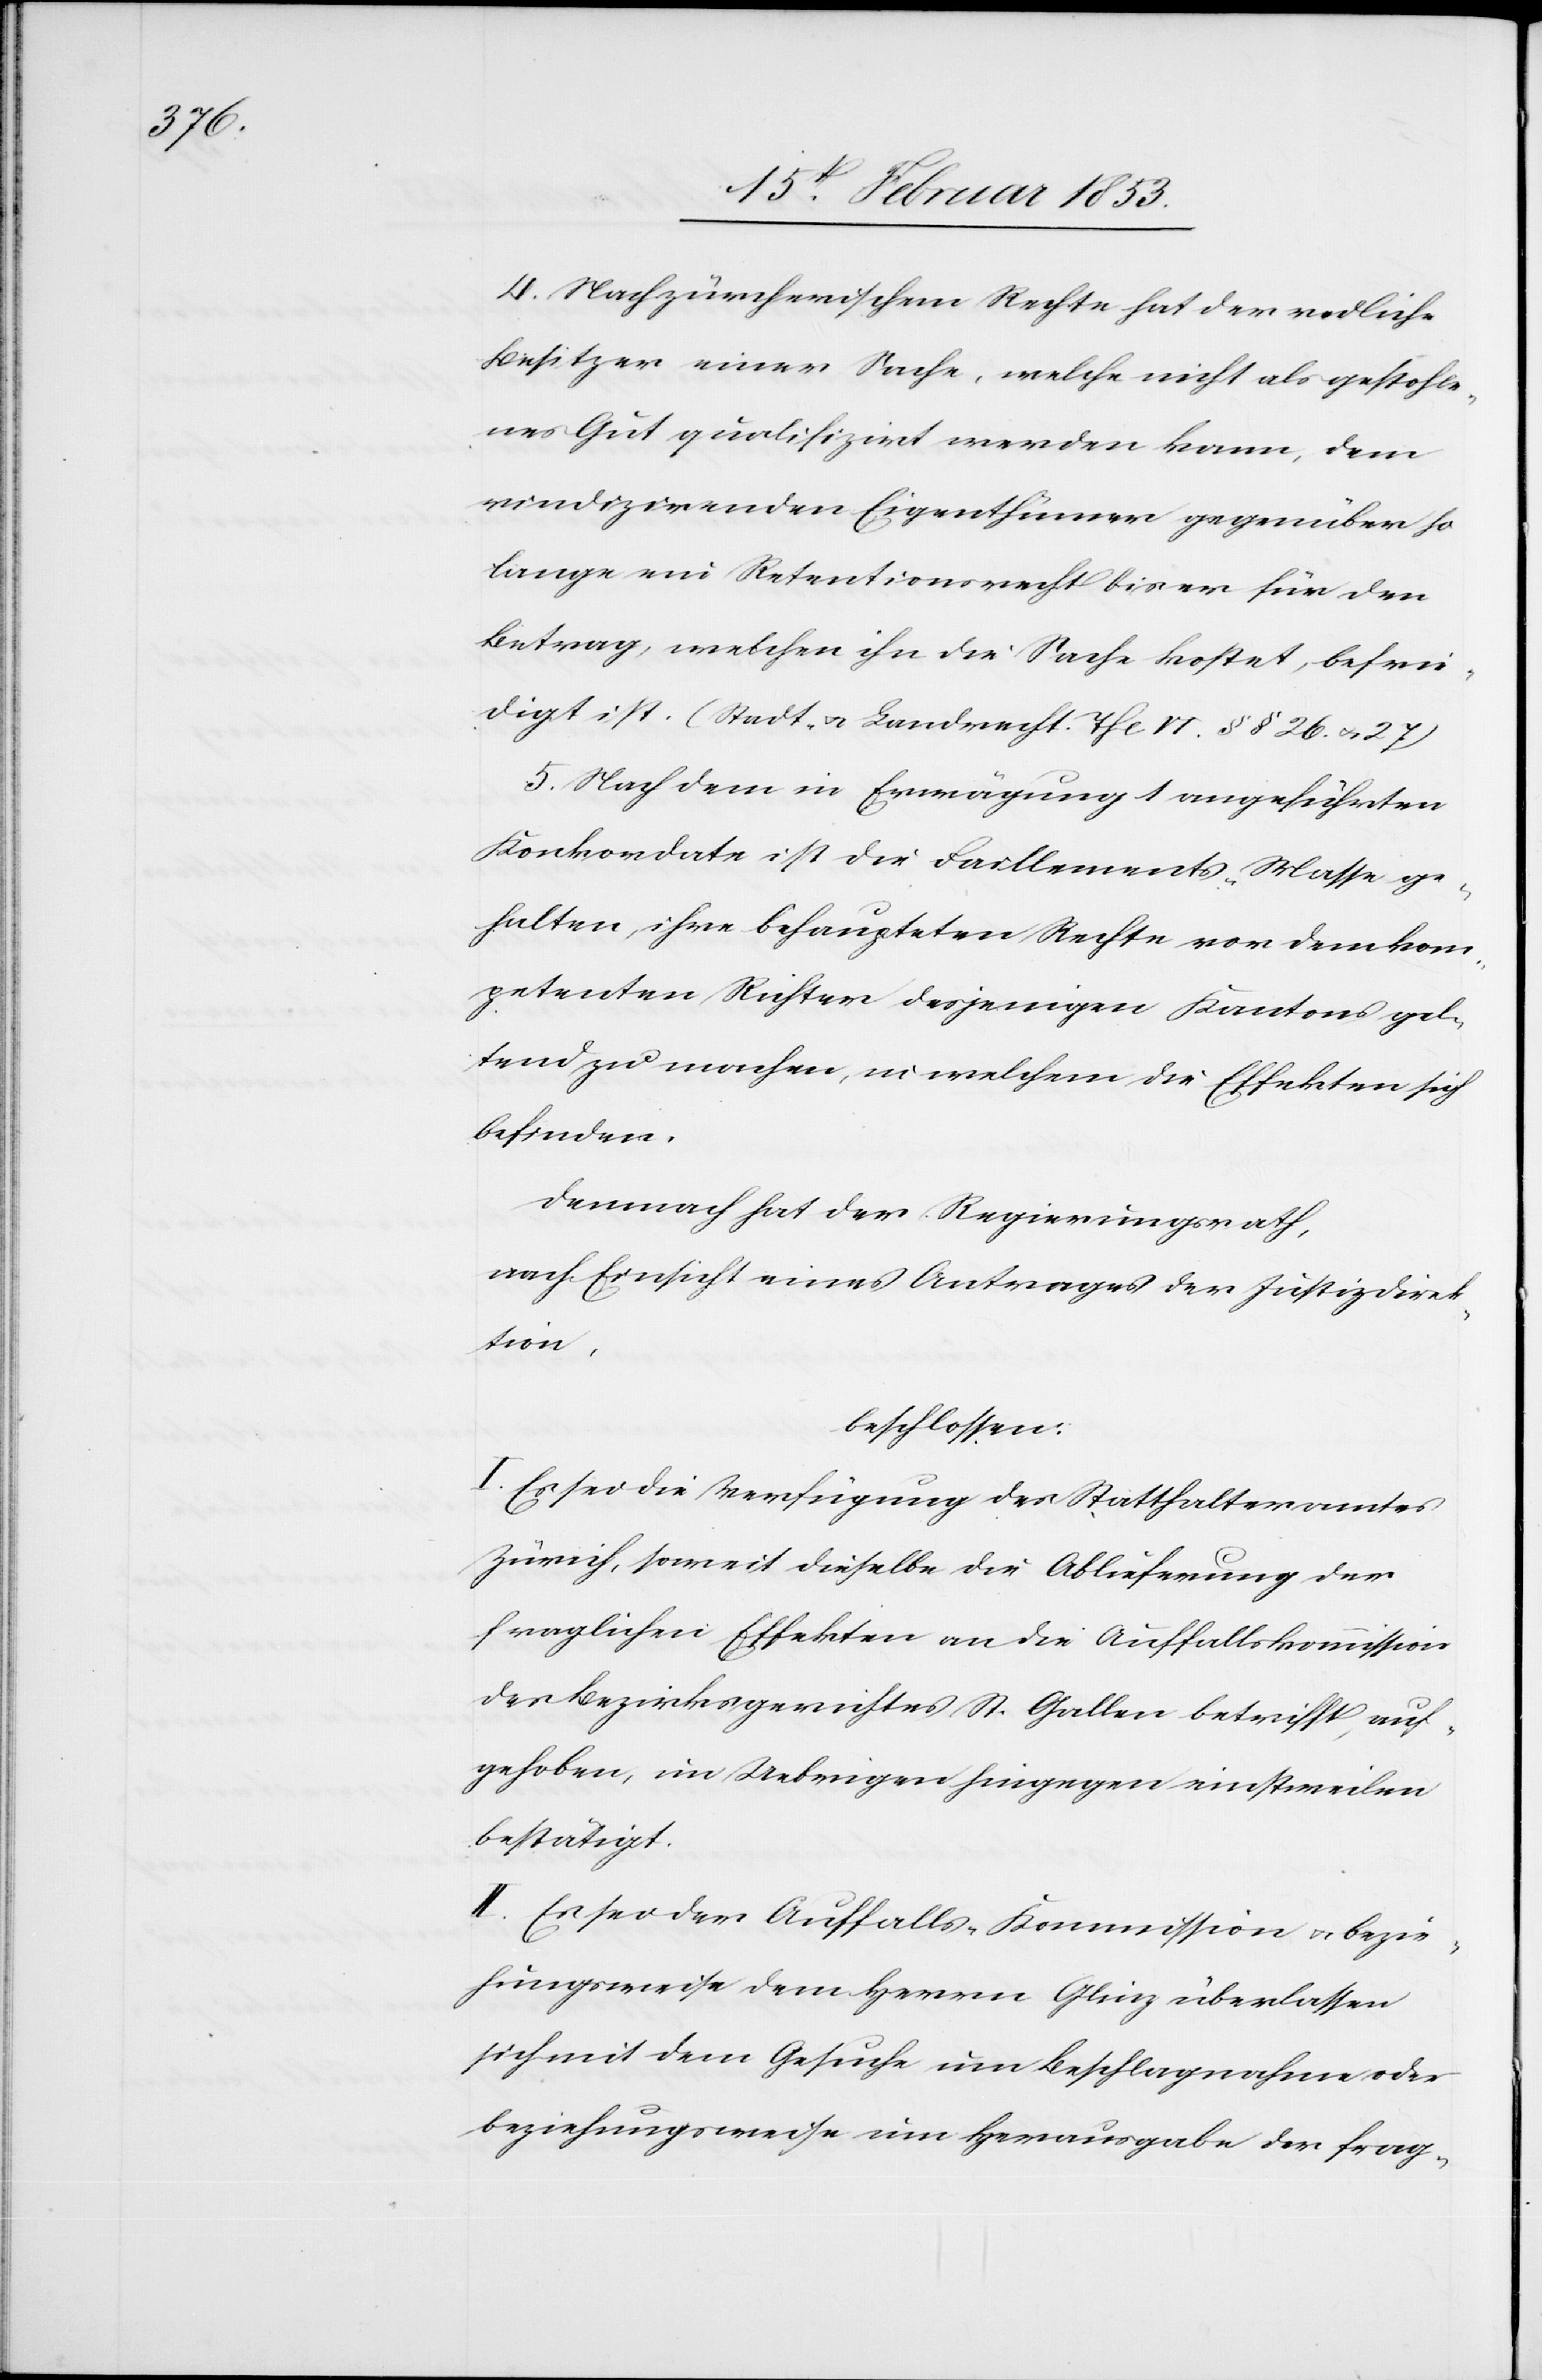
4. Nach zürcherischem Rechte hat der redliche
Besitzer einer Sache, welche nicht als gestohle¬
nes Gut qualifizirt werden kann, dem
vindizirenden Eigenthümer gegenüber so
lange ein Retentionsrecht bis er für den
Betrag, welchen ihn die Sache kostet, befrie¬
digt ist. (Stadt- u. Landrecht Thl. VI. §§ 26 u. 27)
5. Nach dem in Erwägung 1 angeführten
Konkordate ist die Faillements-Masse ge¬
halten, ihre behaupteten Rechte vor dem kom¬
petenten Richter desjenigen Kantons gel¬
tend zu machen, in welchem die Effekten sich
befinden.
Demnach hat der Regierungsrath,
nach Einsicht eines Antrages der Justizdirek¬
tion,
beschlossen:
I. Es sei die Verfügung des Statthalteramtes
Zürich, soweit dieselbe die Ablieferung der
fraglichen Effekten an die Auffallskommission
des Bezirksgerichtes St. Gallen betrifft, auf¬
gehoben, im Uebrigen hingegen einstweilen
bestätigt.
II. Es sei der Auffalls-Kommission u. bezie¬
hungsweise dem Herrn Glinz überlassen
sich mit dem Gesuche um Beschlagnahme oder
beziehungsweise um Herausgabe der frag-